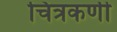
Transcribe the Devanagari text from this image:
चित्रकर्णी